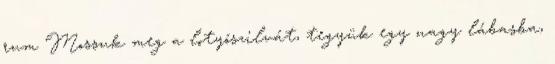
rum Mossuk meg a lotyószilvát, tegyük egy nagy lábasba,